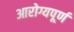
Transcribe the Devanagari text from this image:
आरोग्यपूर्ण